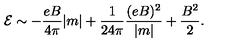
{ \cal { E } } \sim - \frac { e B } { 4 \pi } | m | + \frac { 1 } { 2 4 \pi } \frac { ( e B ) ^ { 2 } } { | m | } + \frac { B ^ { 2 } } { 2 } .